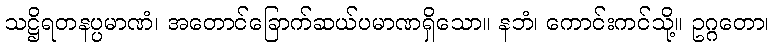
သဋ္ဌိရတနပ္ပမာဏံ၊ အတောင်ခြောက်ဆယ်ပမာဏရှိသော။ နဘံ၊ ကောင်းကင်သို့။ ဥဂ္ဂတော၊